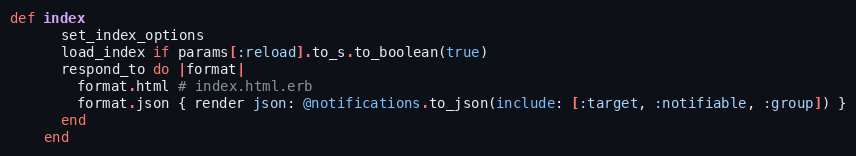
Language: Ruby
def index
      set_index_options
      load_index if params[:reload].to_s.to_boolean(true)
      respond_to do |format|
        format.html # index.html.erb
        format.json { render json: @notifications.to_json(include: [:target, :notifiable, :group]) }
      end
    end